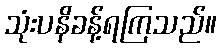
သုံးပနိခန့်ရကြသည်။